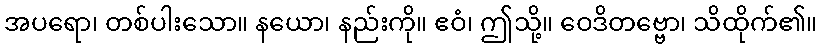
အပရော၊ တစ်ပါးသော။ နယော၊ နည်းကို။ ဧဝံ၊ ဤသို့။ ဝေဒိတဗ္ဗော၊ သိထိုက်၏။